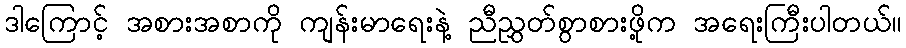
ဒါကြောင့် အစားအစာကို ကျန်းမာရေးနဲ့ ညီညွှတ်စွာစားဖို့က အရေးကြီးပါတယ်။